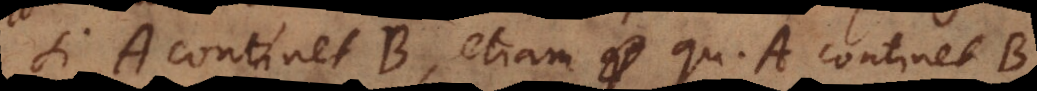
si A continet B, etiam quoddam A continet B.